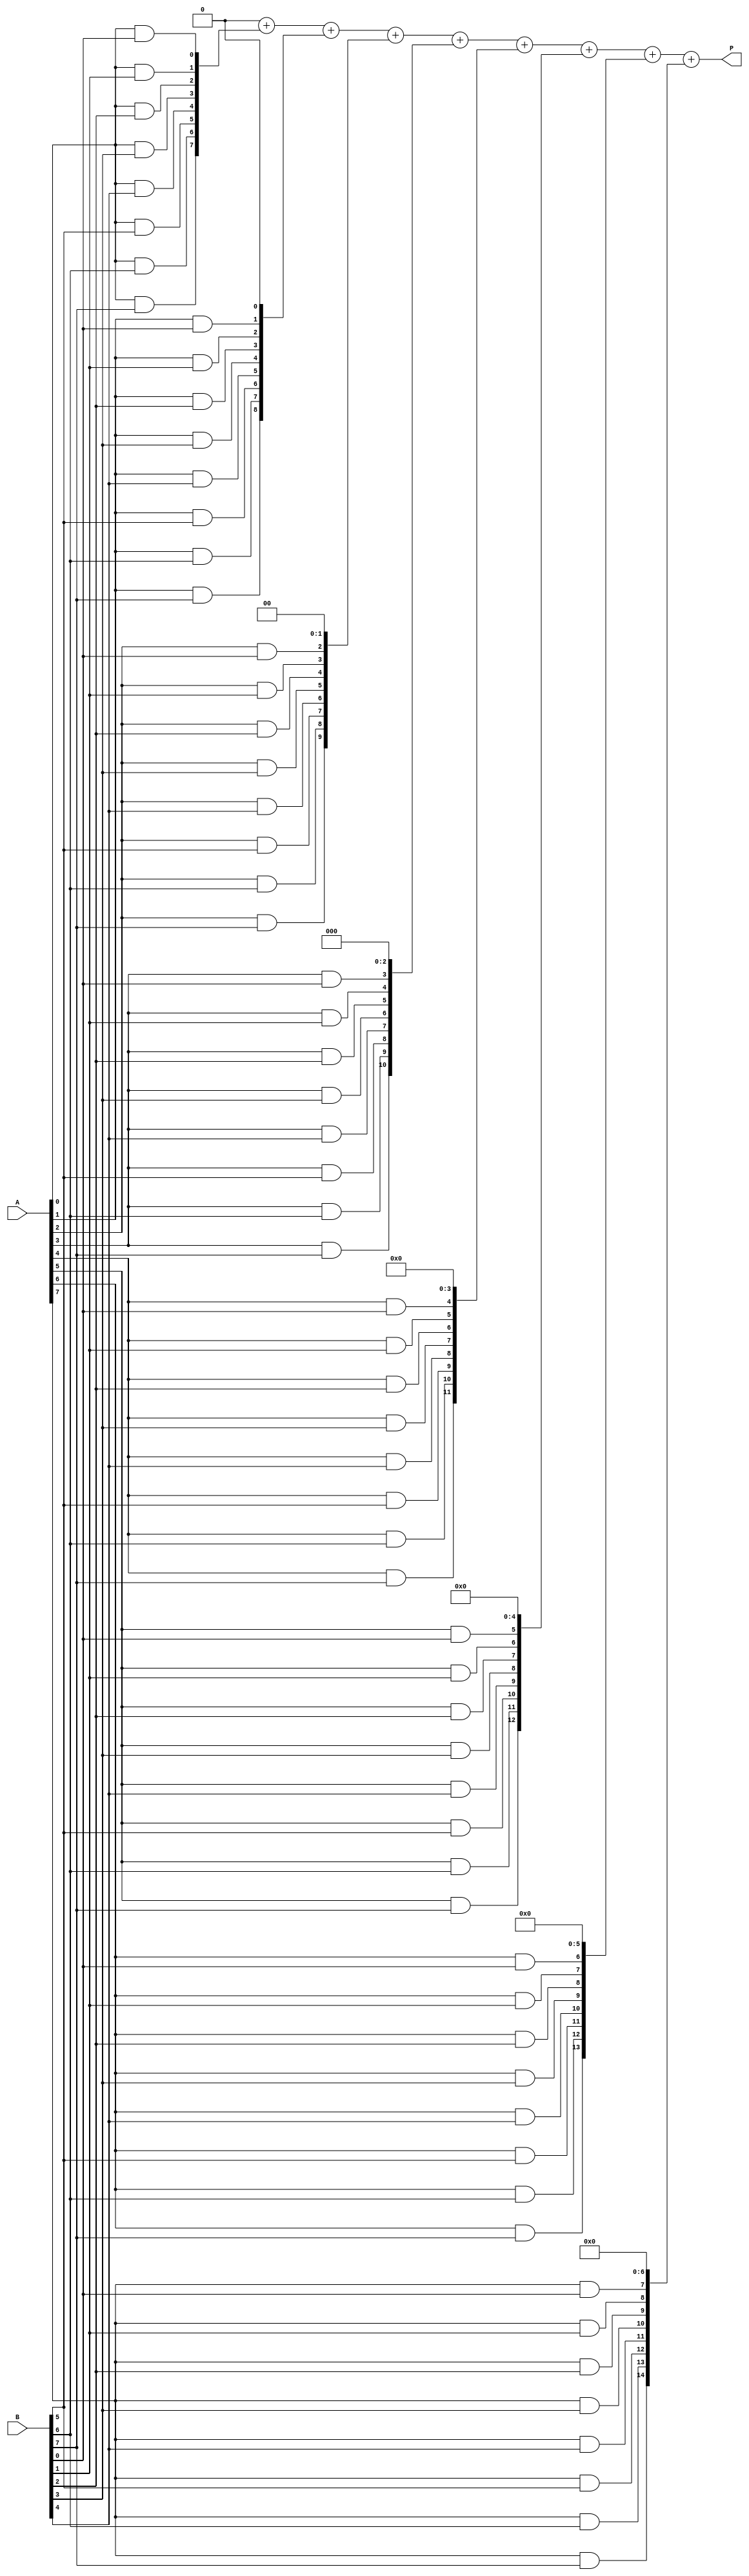
module VedicMultiplier #(parameter N = 8) (
    input [N-1:0] A,   // First operand
    input [N-1:0] B,   // Second operand
    output reg [2*N-1:0] P // Product output
);

    reg [N-1:0] pp[N-1:0]; // Partial products matrix
    integer i, j;

    // Generate partial products
    always @(*) begin
        // Initialize the product
        P = 0;

        // Generate each partial product based on A and B
        for (i = 0; i < N; i = i + 1) begin
            for (j = 0; j < N; j = j + 1) begin
                // Create partial product matrix
                pp[i][j] = A[i] & B[j];
            end
        end

        // Sum partial products
        for (i = 0; i < N; i = i + 1) begin
            P = P + (pp[i] << i); // Shift and add the partial products
        end
    end

endmodule